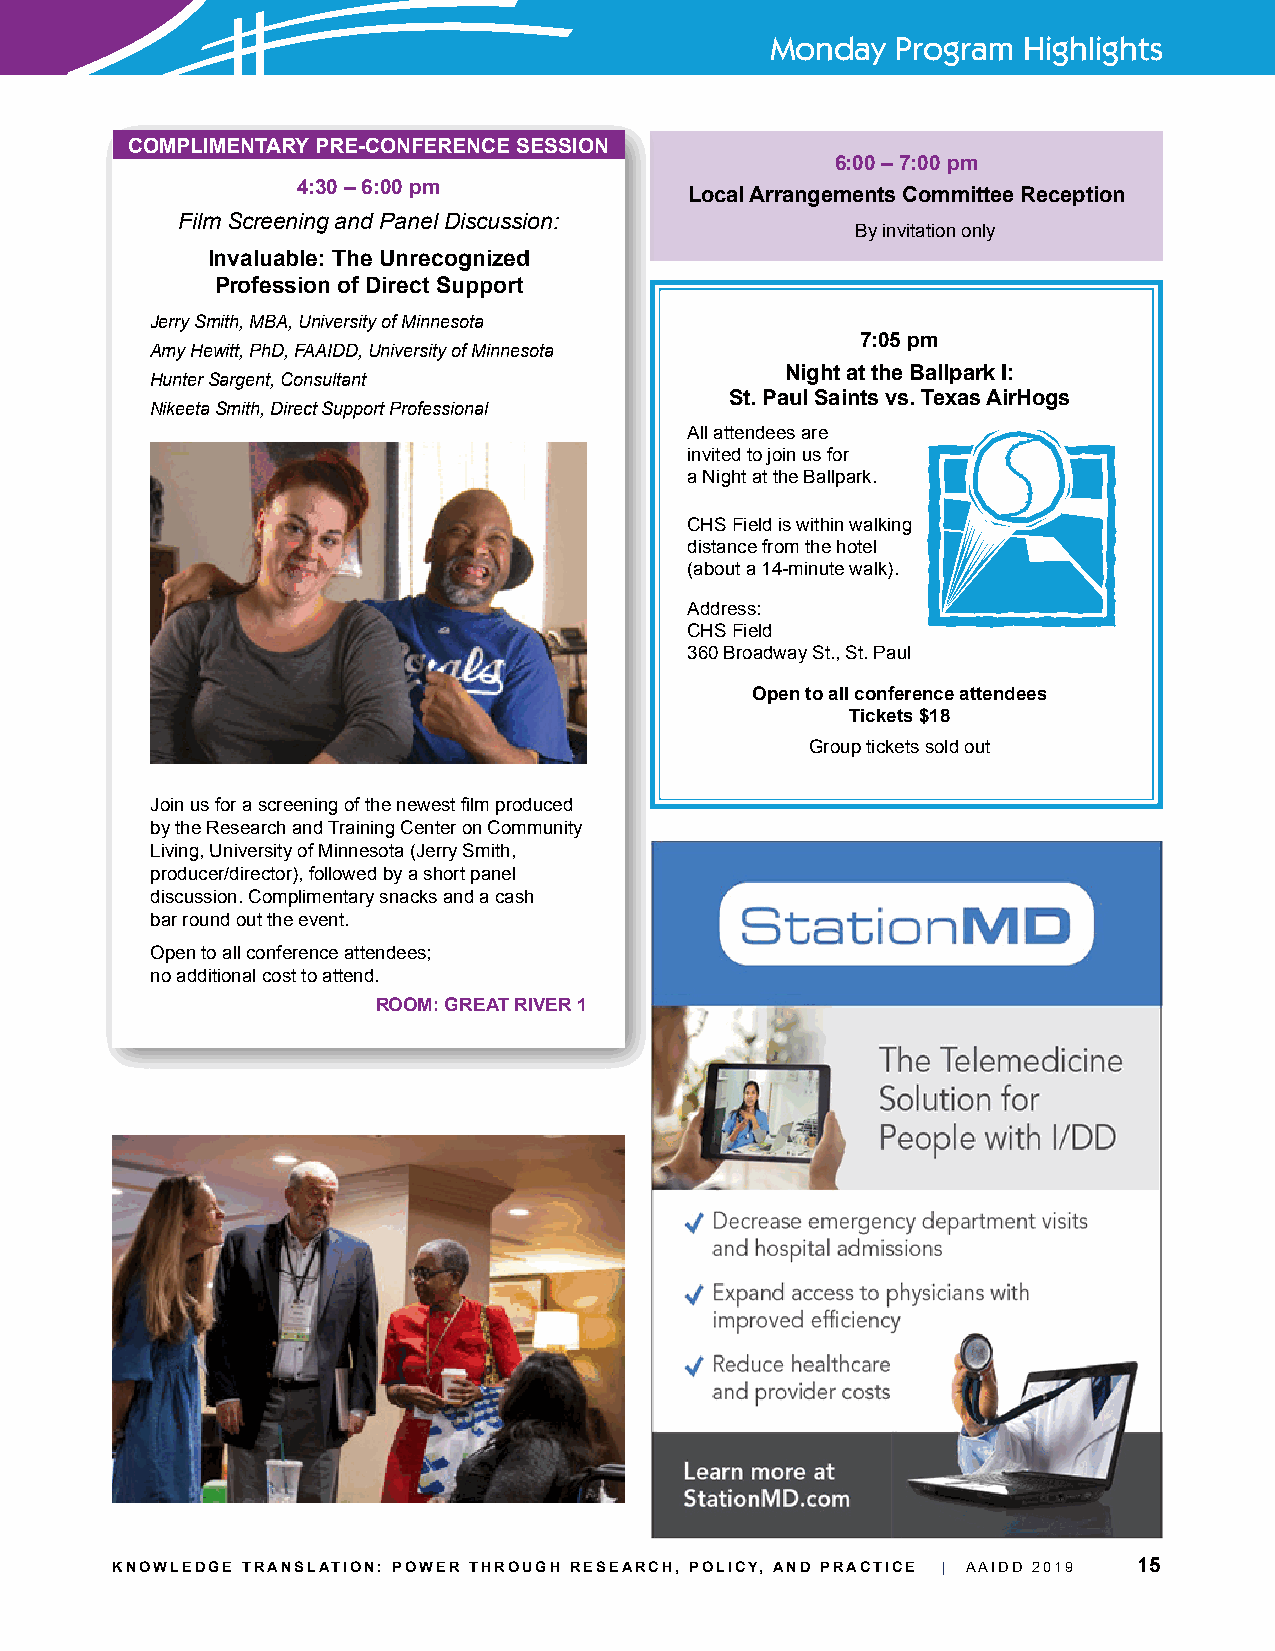
Monday  Program  Highlights
 COMPLIMENTARY PRE-CONFERENCE SESSION
 6:00 – 7:00 pm
 4:30 – 6:00 pm
 Local Arrangements Committee Reception
 Film Screening and Panel Discussion:
 By invitation only
 Invaluable: The Unrecognized
 Profession of Direct Support
 Jerry Smith, MBA, University of Minnesota
 7:05 pm
 Amy Hewitt, PhD, FAAIDD, University of Minnesota
 Night at the Ballpark I:
 Hunter Sargent, Consultant
 St. Paul Saints vs. Texas AirHogs
 Nikeeta Smith, Direct Support Professional
 All attendees are
 invited to join us for
 a Night at the Ballpark.
 CHS Field is within walking
 distance from the hotel
 (about a 14-minute walk).
 Address:
 CHS Field
 360 Broadway St., St. Paul
 Open to all conference attendees
 Tickets $18
 Group tickets sold out
 Join us for a screening of the newest film produced
 by the Research and Training Center on Community
 Living, University of Minnesota (Jerry Smith,
 producer/director), followed by a short panel
 discussion. Complimentary snacks and a cash
 bar round out the event.
 Open to all conference attendees;
 no additional cost to attend.
 ROOM: GREAT RIVER 1
 KNOWLEDGE TRANSLATION: POWER THROUGH RESEARCH, POLICY, AND PRACTICE | AAIDD 2019 15